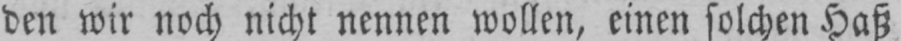
den wir noch nicht nennen wollen, einen solchen Haß